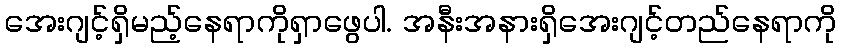
အေးဂျင့်ရှိမည့်နေရာကိုရှာဖွေပါ. အနီးအနားရှိအေးဂျင့်တည်နေရာကို